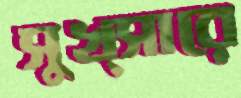
সুখ্সারে